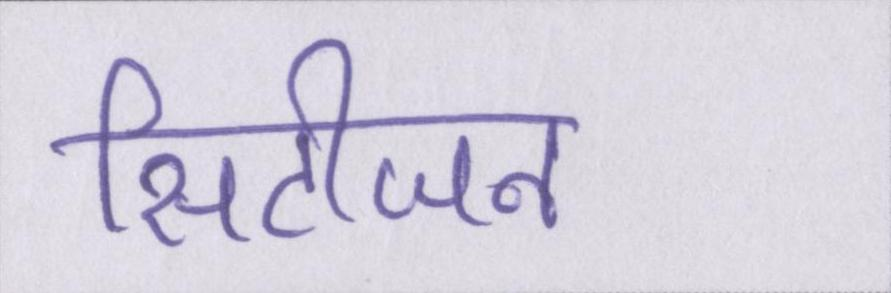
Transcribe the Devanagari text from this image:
सिटीजन